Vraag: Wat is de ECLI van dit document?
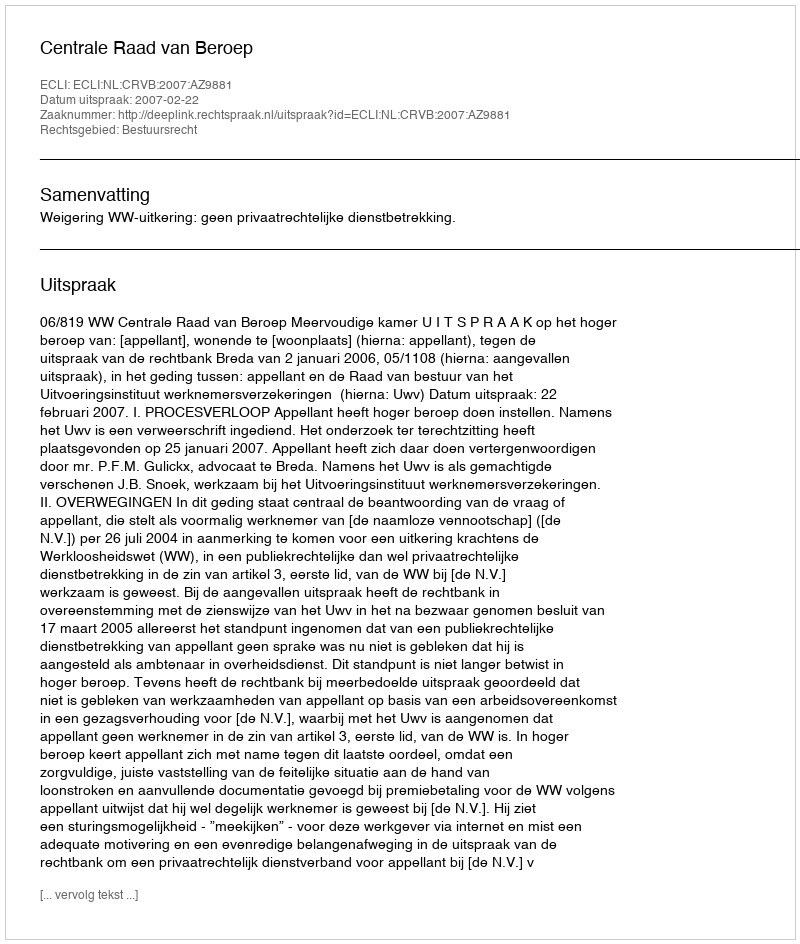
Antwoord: ECLI:NL:CRVB:2007:AZ9881